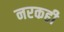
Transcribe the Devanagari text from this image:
नरकही